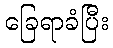
ခြေရာခံပြီး